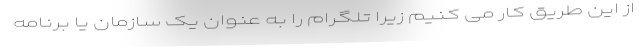
از این طریق کار می کنیم زیرا تلگرام را به عنوان یک سازمان یا برنامه